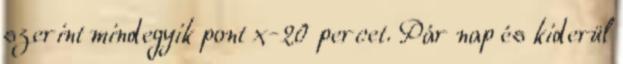
szerint mindegyik pont x-20 percet. Pár nap és kiderül